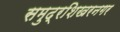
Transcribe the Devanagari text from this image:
समुद्रशिखरनगर